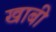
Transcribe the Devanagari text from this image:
खाबी